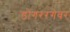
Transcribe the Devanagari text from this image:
डोंगररंगेवर